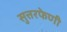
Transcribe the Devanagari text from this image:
सुत्तरफेणी